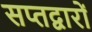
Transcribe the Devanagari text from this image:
सप्तद्वारों